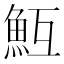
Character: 魱